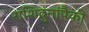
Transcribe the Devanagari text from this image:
राशिदुनांपैकी